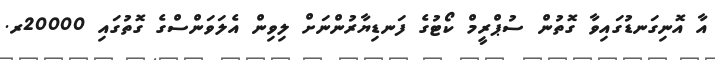
އާ އޮނިގަނޑުގައިވާ ގޮތުން ސުޕްރީމް ކޯޓުގެ ފަނޑިޔާރުންނަށް ލިވިން އެލަވަންސްގެ ގޮތުގައި 20000ރ.